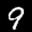
Label: 9